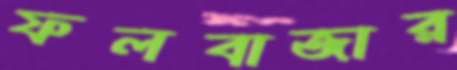
ফলবাজার